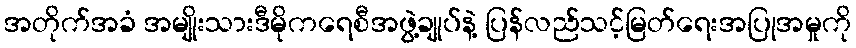
အတိုက်အခံ အမျိုးသားဒီမိုကရေစီအဖွဲ့ချုပ်နဲ့ ပြန်လည်သင့်မြတ်ရေးအပြုအမှုကို